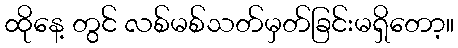
ထိုနေ့ တွင် လစ်မစ်သတ်မှတ်ခြင်းမရှိတော့။